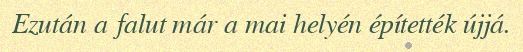
Ezután a falut már a mai helyén építették újjá.